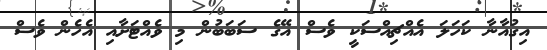
އިގުއާނާ ކަހަލަ އެއްޗިއްސަކީ ވެސް އޭގެ ސަބަބުން މި ވެއްޓަށާއި އެހެން ވެސް